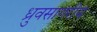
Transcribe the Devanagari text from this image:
ध्रुवसागरीय